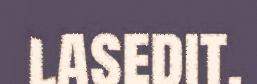
lasedit.